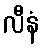
လီနံ